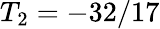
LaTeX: T_{2}=-32/17